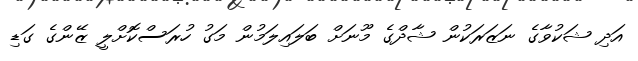
އަދި ޝަކުވާގެ ނަޒަރަކުން ޝާދްގެ މޫނަށް ބަލައިލަމުން މަގު ހުރަސްކޮށްލީ ޒޭންގެ ގަޑި